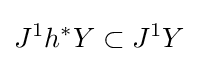
J^{1}h^{*}Y\subset J^{1}Y